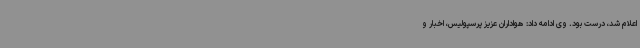
اعلام شد، درست بود. وی ادامه داد: هواداران عزیز پرسپولیس، اخبار و